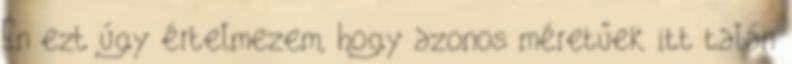
Én ezt úgy értelmezem, hogy azonos méretűek itt talán